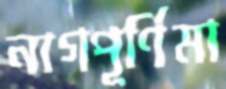
নাগপূর্ণিমা